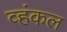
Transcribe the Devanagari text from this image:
व्हंकल